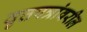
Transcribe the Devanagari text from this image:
वृत्तपत्रांवरील